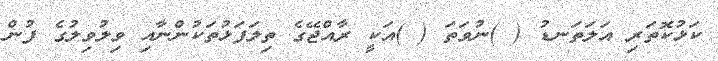
ކަޅުކޮތަރި އަލަތަނޑު ( )ނުވަތަ ( )އަކީ ރާއްޖޭގެ ތިލަފަޅުތަކުންނާއި ވިލުވިލުގެ ފުން